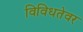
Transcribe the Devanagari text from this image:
विविधतेवर